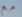
مع